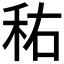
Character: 𱵿